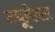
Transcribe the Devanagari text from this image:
ट्यूनेबल